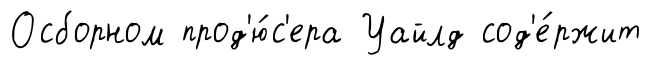
Осборном прод'ю́с'ера Уайлд сод'е́ржит